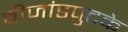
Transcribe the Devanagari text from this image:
बीजांडपुटके